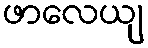
ဖာလေယျ